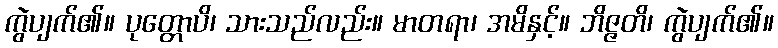
ကွဲပျက်၏။ ပုတ္တောပိ၊ သားသည်လည်း။ မာတရာ၊ အမိနှင့်။ ဘိဇ္ဇတိ၊ ကွဲပျက်၏။